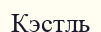
Кэстль